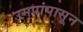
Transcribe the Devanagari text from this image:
उमपांपासून